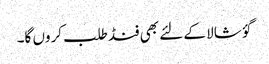
گؤ شالا کے لئے بھی فنڈ طلب کروں گا۔